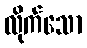
လိုက်သော